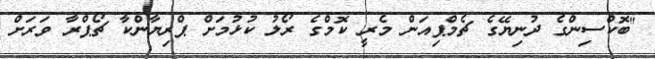
"ބޮކްސިންގެ ދުނިޔޭގެ ޗެމްޕިއަން މެރީ ކޮމްގެ ރޯލު ކުޅުމަށް ޕްރިޔާންކާ ޗޯޕްރާ ވަރަށް